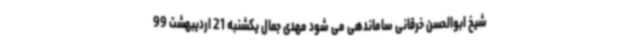
شیخ ابوالحسن خرقانی ساماندهی می شود مهدی جمال یکشنبه 21 اردیبهشت 99